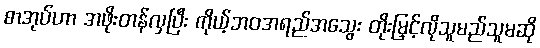
စာအုပ်ဟာ အဖိုးတန်လှပြီး ကိုယ့်ဘဝအရည်အသွေး တိုးမြှင့်လိုသူမည်သူမဆို